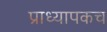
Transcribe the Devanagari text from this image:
प्राध्यापकच